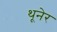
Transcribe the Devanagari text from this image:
थूनेर